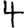
Digit: 4